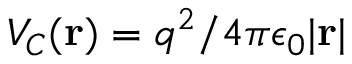
V _ { C } ( { \bf r } ) = q ^ { 2 } / 4 \pi \epsilon _ { 0 } | { \bf r } |